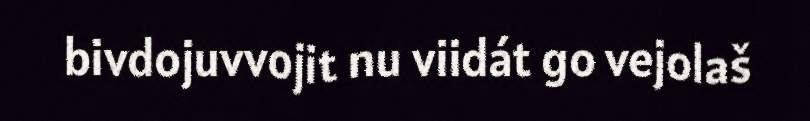
bivdojuvvojit nu viidát go vejolaš